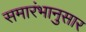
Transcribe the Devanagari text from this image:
समारंभानुसार